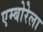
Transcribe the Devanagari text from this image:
एम्बोरेला